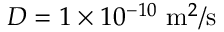
D = 1 \times 1 0 ^ { - 1 0 } ~ \mathrm { m } ^ { 2 } / \mathrm { s }